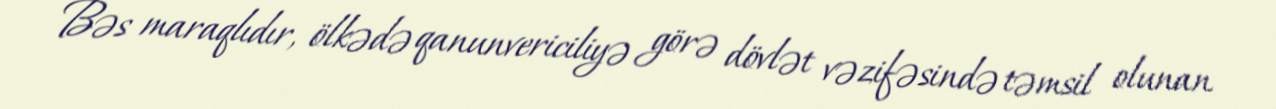
Bəs maraqlıdır, ölkədə qanunvericiliyə görə dövlət vəzifəsində təmsil olunan